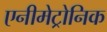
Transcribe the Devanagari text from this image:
एनीमेट्रोनिक